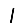
Digit: 1